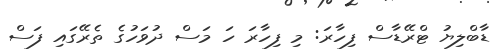
ޑާބްލިޔު ޓްރޭޑާސް ފިހާރަ: މި ފިހާރަ ހަ މަސް ދުވަހުގެ ތެރޭގައި ފަސް